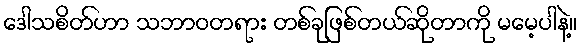
ဒေါသစိတ်ဟာ သဘာဝတရား တစ်ခုဖြစ်တယ်ဆိုတာကို မမေ့ပါနဲ့။